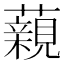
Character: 藽